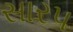
સારપ